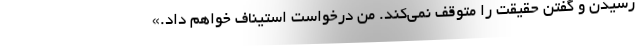
رسیدن و گفتن حقیقت را متوقف نمی‌کند. من درخواست استیناف خواهم داد.»